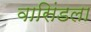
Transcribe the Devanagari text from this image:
वासिंडला